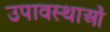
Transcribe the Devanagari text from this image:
उपावस्थाओं